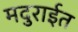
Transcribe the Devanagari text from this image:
मदुराईत